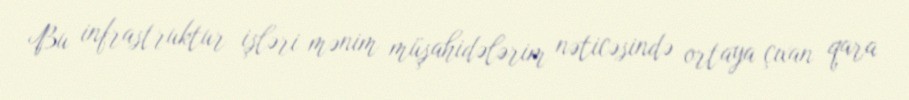
Bu infrastruktur işləri mənim müşahidələrim nəticəsində ortaya çıxan qara